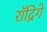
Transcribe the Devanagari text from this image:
रॉद्रिगे